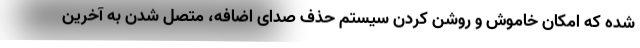
شده که امکان خاموش و روشن کردن سیستم حذف صدای اضافه، متصل شدن به آخرین